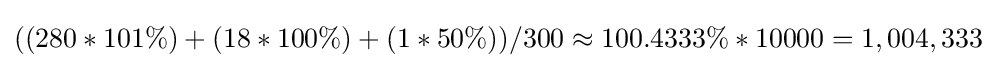
((280*101\%)+(18*100\%)+(1*50\%))/300\approx 100.4333\%*10000=1,004,333